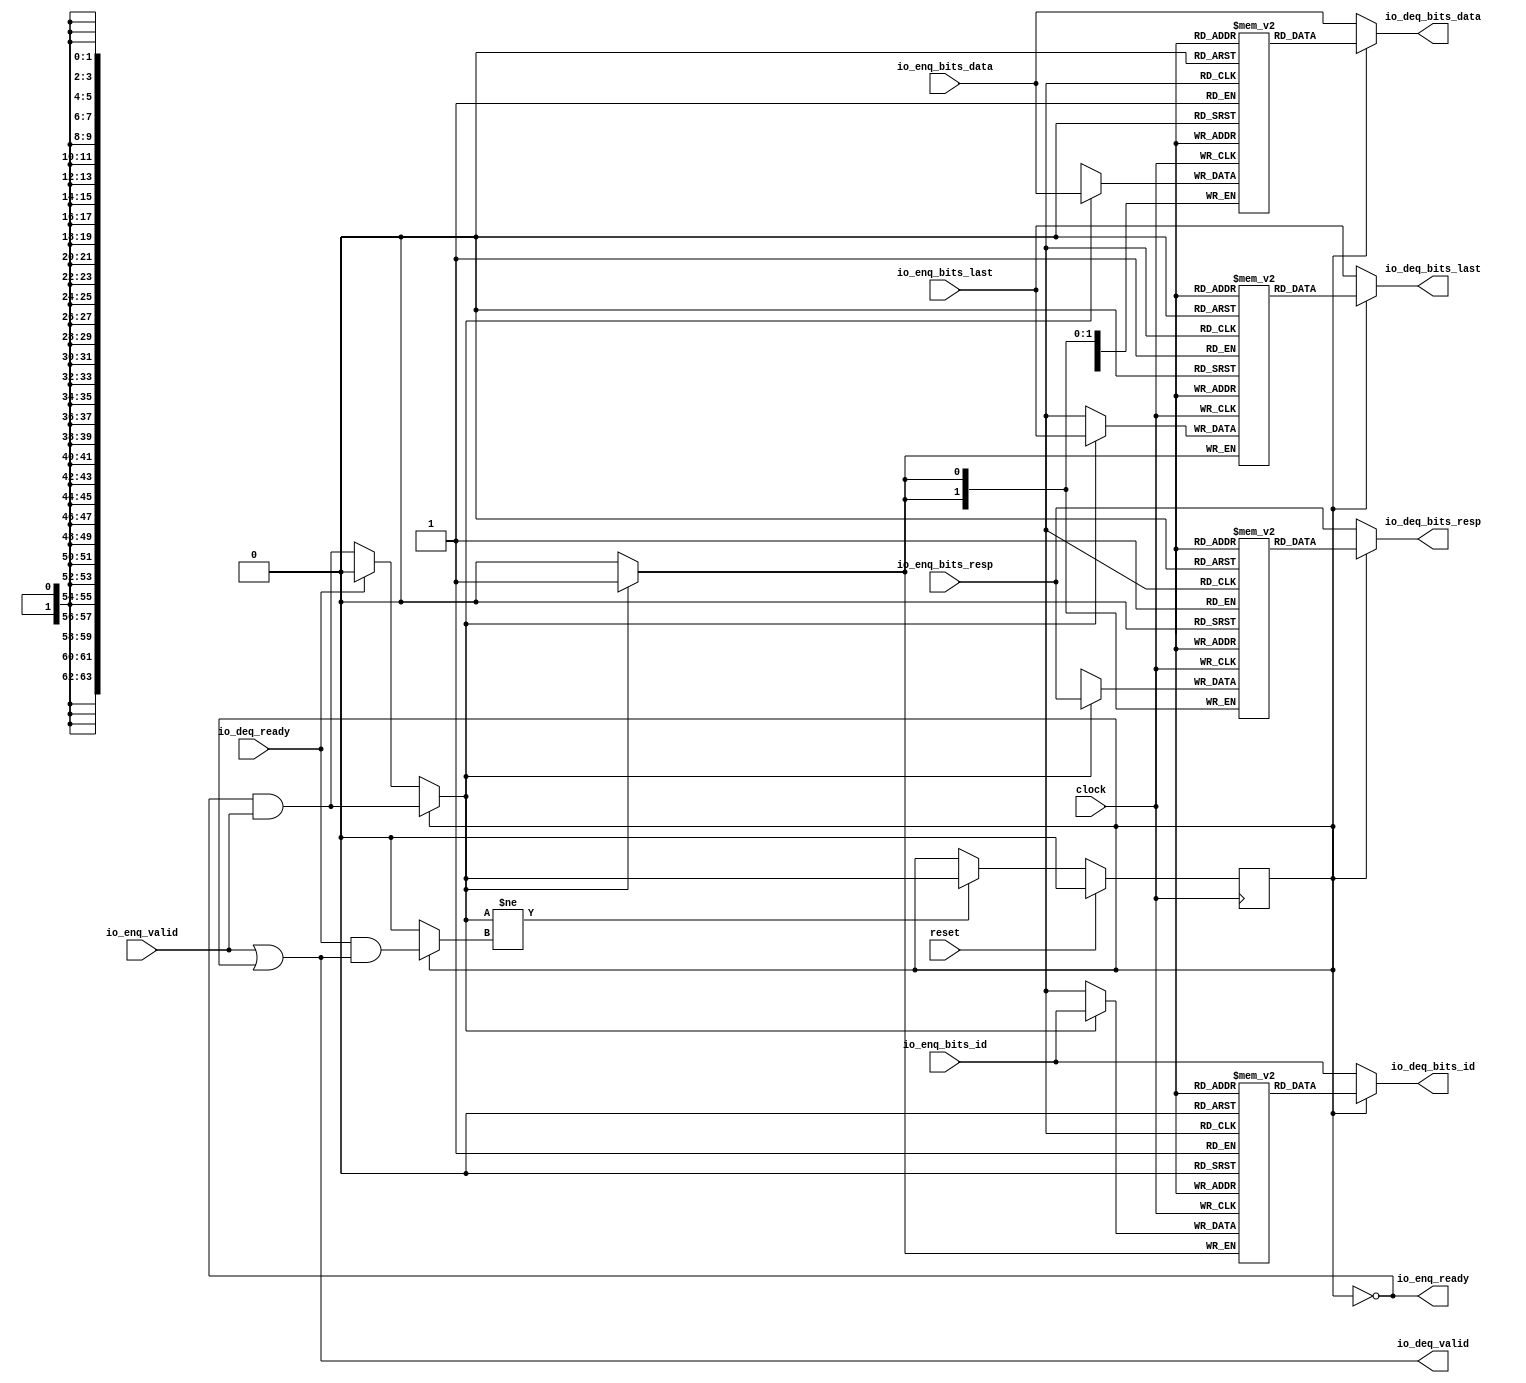
module Queue_16(
  input         clock,
  input         reset,
  output        io_enq_ready,
  input         io_enq_valid,
  input         io_enq_bits_id,
  input  [63:0] io_enq_bits_data,
  input  [1:0]  io_enq_bits_resp,
  input         io_enq_bits_last,
  input         io_deq_ready,
  output        io_deq_valid,
  output        io_deq_bits_id,
  output [63:0] io_deq_bits_data,
  output [1:0]  io_deq_bits_resp,
  output        io_deq_bits_last
);
`ifdef RANDOMIZE_MEM_INIT
  reg [31:0] _RAND_0;
  reg [63:0] _RAND_1;
  reg [31:0] _RAND_2;
  reg [31:0] _RAND_3;
`endif // RANDOMIZE_MEM_INIT
`ifdef RANDOMIZE_REG_INIT
  reg [31:0] _RAND_4;
`endif // RANDOMIZE_REG_INIT
  reg  ram_id [0:0]; // @[Decoupled.scala 259:95]
  wire  ram_id_io_deq_bits_MPORT_en; // @[Decoupled.scala 259:95]
  wire  ram_id_io_deq_bits_MPORT_addr; // @[Decoupled.scala 259:95]
  wire  ram_id_io_deq_bits_MPORT_data; // @[Decoupled.scala 259:95]
  wire  ram_id_MPORT_data; // @[Decoupled.scala 259:95]
  wire  ram_id_MPORT_addr; // @[Decoupled.scala 259:95]
  wire  ram_id_MPORT_mask; // @[Decoupled.scala 259:95]
  wire  ram_id_MPORT_en; // @[Decoupled.scala 259:95]
  reg [63:0] ram_data [0:0]; // @[Decoupled.scala 259:95]
  wire  ram_data_io_deq_bits_MPORT_en; // @[Decoupled.scala 259:95]
  wire  ram_data_io_deq_bits_MPORT_addr; // @[Decoupled.scala 259:95]
  wire [63:0] ram_data_io_deq_bits_MPORT_data; // @[Decoupled.scala 259:95]
  wire [63:0] ram_data_MPORT_data; // @[Decoupled.scala 259:95]
  wire  ram_data_MPORT_addr; // @[Decoupled.scala 259:95]
  wire  ram_data_MPORT_mask; // @[Decoupled.scala 259:95]
  wire  ram_data_MPORT_en; // @[Decoupled.scala 259:95]
  reg [1:0] ram_resp [0:0]; // @[Decoupled.scala 259:95]
  wire  ram_resp_io_deq_bits_MPORT_en; // @[Decoupled.scala 259:95]
  wire  ram_resp_io_deq_bits_MPORT_addr; // @[Decoupled.scala 259:95]
  wire [1:0] ram_resp_io_deq_bits_MPORT_data; // @[Decoupled.scala 259:95]
  wire [1:0] ram_resp_MPORT_data; // @[Decoupled.scala 259:95]
  wire  ram_resp_MPORT_addr; // @[Decoupled.scala 259:95]
  wire  ram_resp_MPORT_mask; // @[Decoupled.scala 259:95]
  wire  ram_resp_MPORT_en; // @[Decoupled.scala 259:95]
  reg  ram_last [0:0]; // @[Decoupled.scala 259:95]
  wire  ram_last_io_deq_bits_MPORT_en; // @[Decoupled.scala 259:95]
  wire  ram_last_io_deq_bits_MPORT_addr; // @[Decoupled.scala 259:95]
  wire  ram_last_io_deq_bits_MPORT_data; // @[Decoupled.scala 259:95]
  wire  ram_last_MPORT_data; // @[Decoupled.scala 259:95]
  wire  ram_last_MPORT_addr; // @[Decoupled.scala 259:95]
  wire  ram_last_MPORT_mask; // @[Decoupled.scala 259:95]
  wire  ram_last_MPORT_en; // @[Decoupled.scala 259:95]
  reg  maybe_full; // @[Decoupled.scala 262:27]
  wire  empty = ~maybe_full; // @[Decoupled.scala 264:28]
  wire  _do_enq_T = io_enq_ready & io_enq_valid; // @[Decoupled.scala 50:35]
  wire  _do_deq_T = io_deq_ready & io_deq_valid; // @[Decoupled.scala 50:35]
  wire  _GEN_12 = io_deq_ready ? 1'h0 : _do_enq_T; // @[Decoupled.scala 304:{26,35}]
  wire  do_enq = empty ? _GEN_12 : _do_enq_T; // @[Decoupled.scala 301:17]
  wire  do_deq = empty ? 1'h0 : _do_deq_T; // @[Decoupled.scala 301:17 303:14]
  assign ram_id_io_deq_bits_MPORT_en = 1'h1;
  assign ram_id_io_deq_bits_MPORT_addr = 1'h0;
  assign ram_id_io_deq_bits_MPORT_data = ram_id[ram_id_io_deq_bits_MPORT_addr]; // @[Decoupled.scala 259:95]
  assign ram_id_MPORT_data = io_enq_bits_id;
  assign ram_id_MPORT_addr = 1'h0;
  assign ram_id_MPORT_mask = 1'h1;
  assign ram_id_MPORT_en = empty ? _GEN_12 : _do_enq_T;
  assign ram_data_io_deq_bits_MPORT_en = 1'h1;
  assign ram_data_io_deq_bits_MPORT_addr = 1'h0;
  assign ram_data_io_deq_bits_MPORT_data = ram_data[ram_data_io_deq_bits_MPORT_addr]; // @[Decoupled.scala 259:95]
  assign ram_data_MPORT_data = io_enq_bits_data;
  assign ram_data_MPORT_addr = 1'h0;
  assign ram_data_MPORT_mask = 1'h1;
  assign ram_data_MPORT_en = empty ? _GEN_12 : _do_enq_T;
  assign ram_resp_io_deq_bits_MPORT_en = 1'h1;
  assign ram_resp_io_deq_bits_MPORT_addr = 1'h0;
  assign ram_resp_io_deq_bits_MPORT_data = ram_resp[ram_resp_io_deq_bits_MPORT_addr]; // @[Decoupled.scala 259:95]
  assign ram_resp_MPORT_data = io_enq_bits_resp;
  assign ram_resp_MPORT_addr = 1'h0;
  assign ram_resp_MPORT_mask = 1'h1;
  assign ram_resp_MPORT_en = empty ? _GEN_12 : _do_enq_T;
  assign ram_last_io_deq_bits_MPORT_en = 1'h1;
  assign ram_last_io_deq_bits_MPORT_addr = 1'h0;
  assign ram_last_io_deq_bits_MPORT_data = ram_last[ram_last_io_deq_bits_MPORT_addr]; // @[Decoupled.scala 259:95]
  assign ram_last_MPORT_data = io_enq_bits_last;
  assign ram_last_MPORT_addr = 1'h0;
  assign ram_last_MPORT_mask = 1'h1;
  assign ram_last_MPORT_en = empty ? _GEN_12 : _do_enq_T;
  assign io_enq_ready = ~maybe_full; // @[Decoupled.scala 289:19]
  assign io_deq_valid = io_enq_valid | ~empty; // @[Decoupled.scala 288:16 300:{24,39}]
  assign io_deq_bits_id = empty ? io_enq_bits_id : ram_id_io_deq_bits_MPORT_data; // @[Decoupled.scala 296:17 301:17 302:19]
  assign io_deq_bits_data = empty ? io_enq_bits_data : ram_data_io_deq_bits_MPORT_data; // @[Decoupled.scala 296:17 301:17 302:19]
  assign io_deq_bits_resp = empty ? io_enq_bits_resp : ram_resp_io_deq_bits_MPORT_data; // @[Decoupled.scala 296:17 301:17 302:19]
  assign io_deq_bits_last = empty ? io_enq_bits_last : ram_last_io_deq_bits_MPORT_data; // @[Decoupled.scala 296:17 301:17 302:19]
  always @(posedge clock) begin
    if (ram_id_MPORT_en & ram_id_MPORT_mask) begin
      ram_id[ram_id_MPORT_addr] <= ram_id_MPORT_data; // @[Decoupled.scala 259:95]
    end
    if (ram_data_MPORT_en & ram_data_MPORT_mask) begin
      ram_data[ram_data_MPORT_addr] <= ram_data_MPORT_data; // @[Decoupled.scala 259:95]
    end
    if (ram_resp_MPORT_en & ram_resp_MPORT_mask) begin
      ram_resp[ram_resp_MPORT_addr] <= ram_resp_MPORT_data; // @[Decoupled.scala 259:95]
    end
    if (ram_last_MPORT_en & ram_last_MPORT_mask) begin
      ram_last[ram_last_MPORT_addr] <= ram_last_MPORT_data; // @[Decoupled.scala 259:95]
    end
    if (reset) begin // @[Decoupled.scala 262:27]
      maybe_full <= 1'h0; // @[Decoupled.scala 262:27]
    end else if (do_enq != do_deq) begin // @[Decoupled.scala 279:27]
      if (empty) begin // @[Decoupled.scala 301:17]
        if (io_deq_ready) begin // @[Decoupled.scala 304:26]
          maybe_full <= 1'h0; // @[Decoupled.scala 304:35]
        end else begin
          maybe_full <= _do_enq_T;
        end
      end else begin
        maybe_full <= _do_enq_T;
      end
    end
  end
// Register and memory initialization
`ifdef RANDOMIZE_GARBAGE_ASSIGN
`define RANDOMIZE
`endif
`ifdef RANDOMIZE_INVALID_ASSIGN
`define RANDOMIZE
`endif
`ifdef RANDOMIZE_REG_INIT
`define RANDOMIZE
`endif
`ifdef RANDOMIZE_MEM_INIT
`define RANDOMIZE
`endif
`ifndef RANDOM
`define RANDOM $random
`endif
`ifdef RANDOMIZE_MEM_INIT
  integer initvar;
`endif
`ifndef SYNTHESIS
`ifdef FIRRTL_BEFORE_INITIAL
`FIRRTL_BEFORE_INITIAL
`endif
initial begin
  `ifdef RANDOMIZE
    `ifdef INIT_RANDOM
      `INIT_RANDOM
    `endif
    `ifndef VERILATOR
      `ifdef RANDOMIZE_DELAY
        #`RANDOMIZE_DELAY begin end
      `else
        #0.002 begin end
      `endif
    `endif
`ifdef RANDOMIZE_MEM_INIT
  _RAND_0 = {1{`RANDOM}};
  for (initvar = 0; initvar < 1; initvar = initvar+1)
    ram_id[initvar] = _RAND_0[0:0];
  _RAND_1 = {2{`RANDOM}};
  for (initvar = 0; initvar < 1; initvar = initvar+1)
    ram_data[initvar] = _RAND_1[63:0];
  _RAND_2 = {1{`RANDOM}};
  for (initvar = 0; initvar < 1; initvar = initvar+1)
    ram_resp[initvar] = _RAND_2[1:0];
  _RAND_3 = {1{`RANDOM}};
  for (initvar = 0; initvar < 1; initvar = initvar+1)
    ram_last[initvar] = _RAND_3[0:0];
`endif // RANDOMIZE_MEM_INIT
`ifdef RANDOMIZE_REG_INIT
  _RAND_4 = {1{`RANDOM}};
  maybe_full = _RAND_4[0:0];
`endif // RANDOMIZE_REG_INIT
  `endif // RANDOMIZE
end // initial
`ifdef FIRRTL_AFTER_INITIAL
`FIRRTL_AFTER_INITIAL
`endif
`endif // SYNTHESIS
endmodule